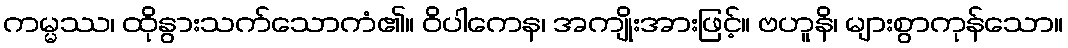
ကမ္မဿ၊ ထိုနွားသက်သောကံ၏။ ဝိပါကေန၊ အကျိုးအားဖြင့်။ ဗဟူနိ၊ များစွာကုန်သော။